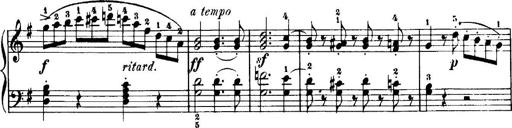
Title: 7 Sonatinas
Composer: Anton Diabelli